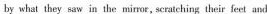
by what they saw in the mirror , scratching their feet and